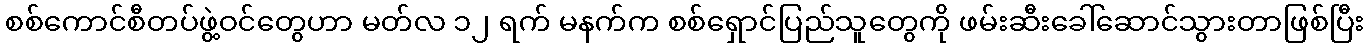
စစ်ကောင်စီတပ်ဖွဲ့ဝင်တွေဟာ မတ်လ ၁၂ ရက် မနက်က စစ်ရှောင်ပြည်သူတွေကို ဖမ်းဆီးခေါ်ဆောင်သွားတာဖြစ်ပြီး